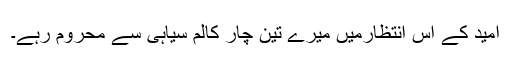
اُمید کے اس انتظارمیں میرے تین چار کالم سیاہی سے محروم رہے۔